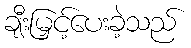
ချီးမြှင့်ပေးခဲ့သည်